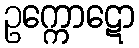
ဥက္ကောဋော